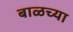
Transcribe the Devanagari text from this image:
बाळच्या